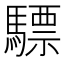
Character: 驃